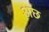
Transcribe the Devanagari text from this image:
अछ